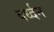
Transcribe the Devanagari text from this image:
वर्ध्दन